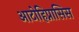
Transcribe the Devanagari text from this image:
आटोहिप्नासिस